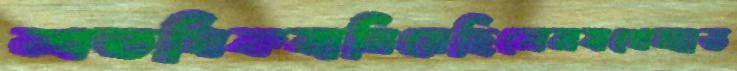
শতধিকবানিয়েছিলেনযথেচ্ছাভ